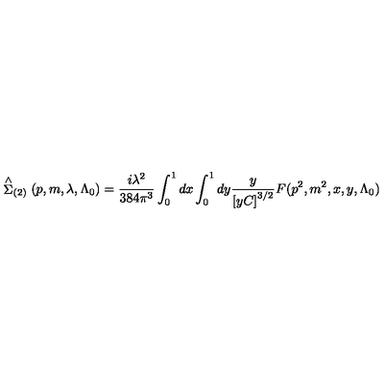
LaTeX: \stackrel { \wedge } { \Sigma } _ { ( 2 ) } ( p , m , \lambda , \Lambda _ { 0 } ) = \frac { i \lambda ^ { 2 } } { 3 8 4 \pi ^ { 3 } } \int _ { 0 } ^ { 1 } d x \int _ { 0 } ^ { 1 } d y \frac y { \left[ y C \right] ^ { 3 / 2 } } F ( p ^ { 2 } , m ^ { 2 } , x , y , \Lambda _ { 0 } )